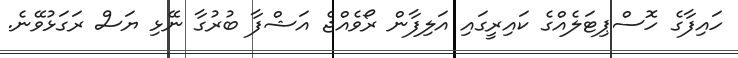
ހައިފާގެ ހޮސްޕިޓަލެއްގެ ކައިރީގައި އަލިފާން ރޯވެއްޖެ އަޝްފާ ބުރުގާ ނޭޅި ޔަސް ރަގަޅުވޭނެ.